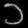
Digit: ၁